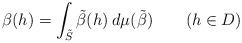
LaTeX: \begin{align*}\beta(h)=\int_{\tilde S} \tilde\beta(h)\> d\mu(\tilde\beta) \quad\quad(h\in D)\end{align*}